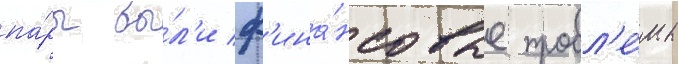
па́ры бы́л'и ф'ина́нсовые пробл'е́мы